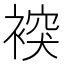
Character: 𧛗